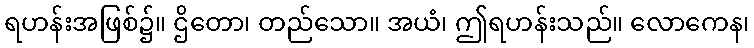
ရဟန်းအဖြစ်၌။ ဌိတော၊ တည်သော။ အယံ၊ ဤရဟန်းသည်။ လောကေန၊